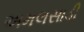
અમલસાડી